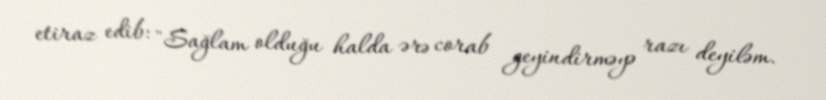
etiraz edib: "Sağlam olduğu halda ərə corab geyindirməyə razı deyiləm.